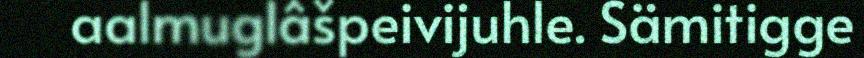
aalmuglâšpeivijuhle. Sämitigge